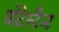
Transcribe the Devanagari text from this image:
प्रोटेस्टैन्ट